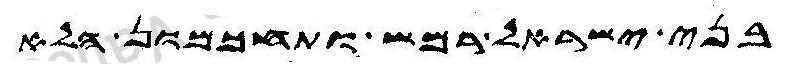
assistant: בני ישראל רמש ותחכמון הלא